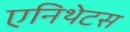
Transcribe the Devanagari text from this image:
एनिथेटस